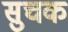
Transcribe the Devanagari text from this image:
सुचक